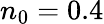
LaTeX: n_{0}=0.4